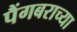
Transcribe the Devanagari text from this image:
पैंगबराच्या